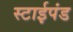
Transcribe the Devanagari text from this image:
स्टाईपंड